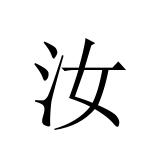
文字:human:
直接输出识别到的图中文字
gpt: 汝